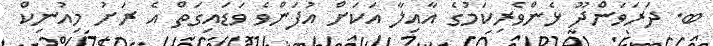
ބ. ދަރަވަންދޫ ޅެންވެރިކަމުގެ އާއިލާ އަކަށް އުފަންވެ ވަޑައިގަތް އެ ރަށު މިއުނިކް